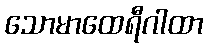
သောမာထေရီဂါထာ